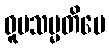
ဝူပသမ္မတိပေ